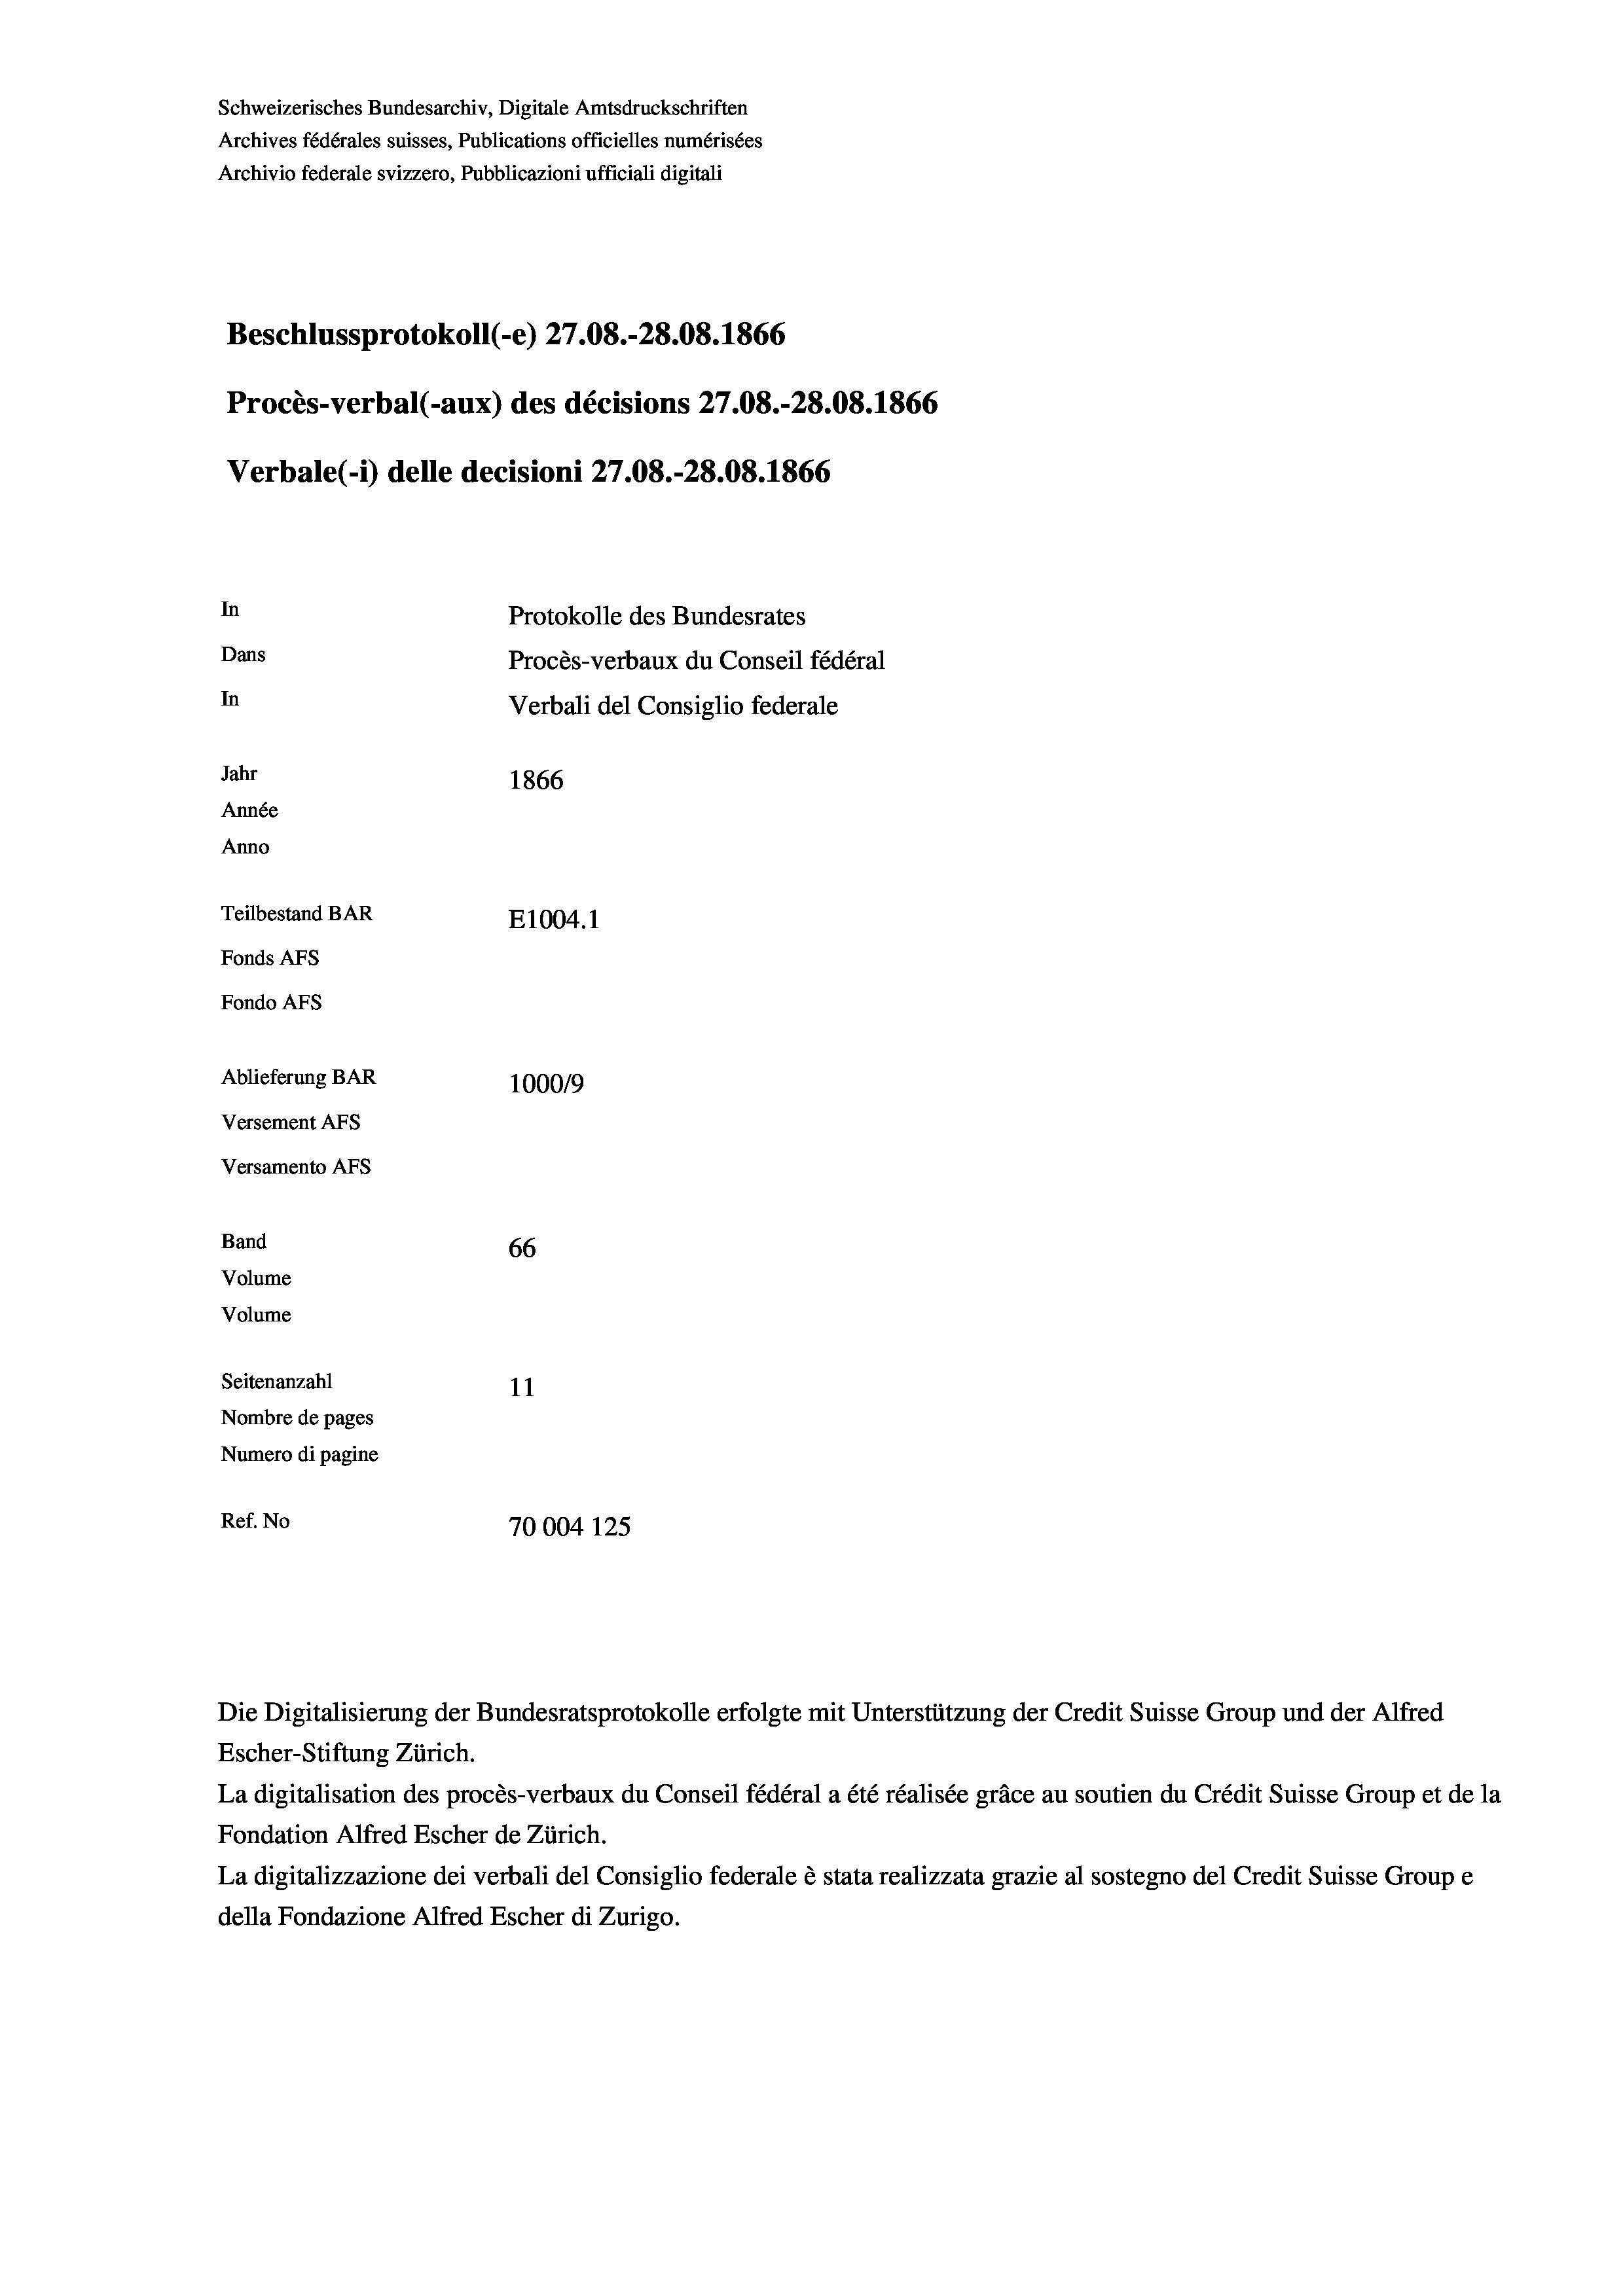
Schweizerisches Bundesarchiv, Digitale Amtsdruckschriften
Archives fédérales suisses, Publications officielles numérisées
Archivio federale svizzero, Pubblicazioni ufficiali digitali
Beschlussprotokoll (-e) 27.08.-28.08. 1866
Procès-verbal (-aux) des décisions 27.08.-28.08. 1866
Verbale (i) delle decisioni 27.08.-28.08. 1866
In
Protokolle des Bundesrates
Dans
Procès-verbaux du Conseil fédéral
In
Verbali del Consiglio federale
Jahr
1866
Année
Anno
Teilbestand BAR
E1004.1
Fonds AFs
Fondo AFS
Ablieferung BAR
100019
Versement AFs
Versamento AFs
Band
66
Volume
Volume
Seitenanzahl
11
Nombre de pages
Numero di pagine
Ref. No
70004 125.

Escher-Stiftung Zürich.
La digitalisation des procès-verbaux du Conseil fédéral a été réalisée gräce au soutien du Crédit Suisse Group et de la
Fondation Alfred Escher de Zürich.
La digitalizzazione dei verbali del Consiglio federale è stata realizzata grazie al sostegno del Credit Suisse Groupe
della Fondazione Alfred Escher di Zurigo.

Die Digitalisierung der Bundesratsprotokolle erfolgte mit Unterstützung der Credit Suisse Group und der Alfred